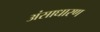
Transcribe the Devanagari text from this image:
अंसाधारण